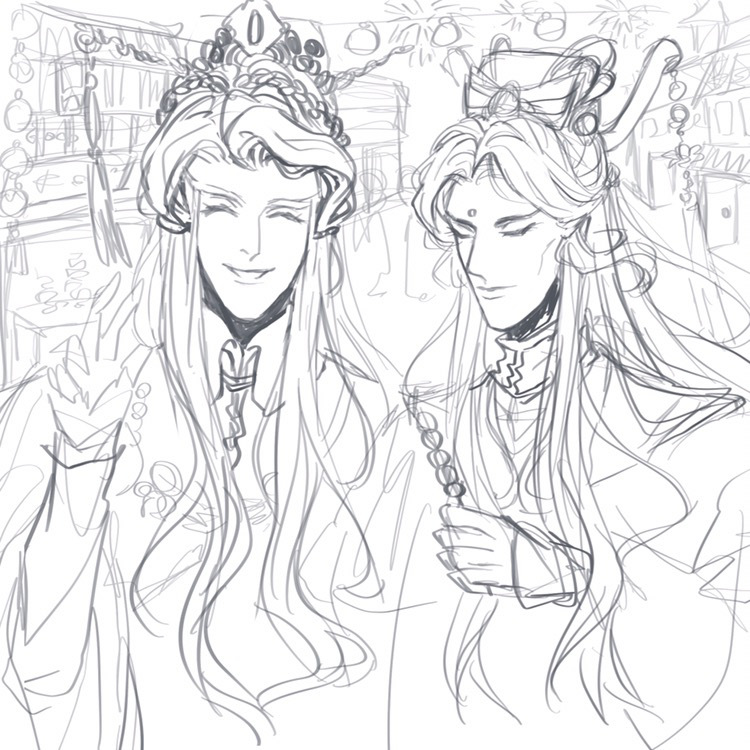
何夜无月？何处无竹柏？但少闲人如吾两人者耳。